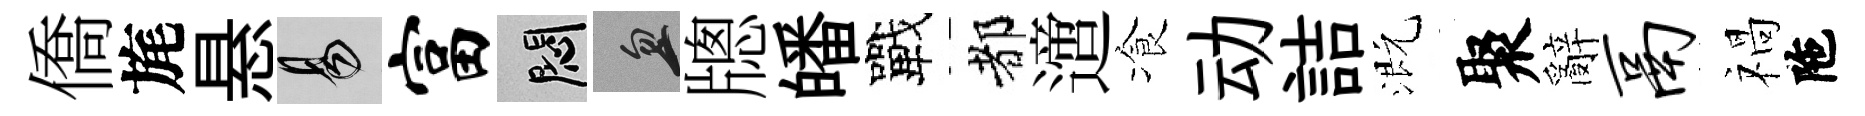
僑旄悬易富悶忽牕皤戰都𨗁飡动詰溉聚辭鬲禍陁